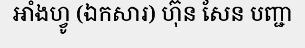
អាំងហ្វូ (ឯកសារ) ហ៊ុន សែន បញ្ជា